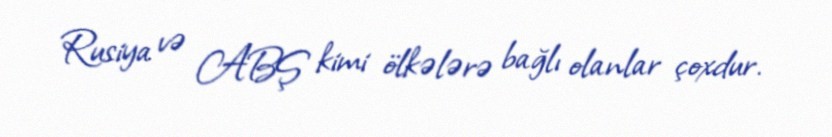
Rusiya və ABŞ kimi ölkələrə bağlı olanlar çoxdur.